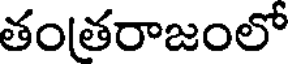
తంతరాజంలో